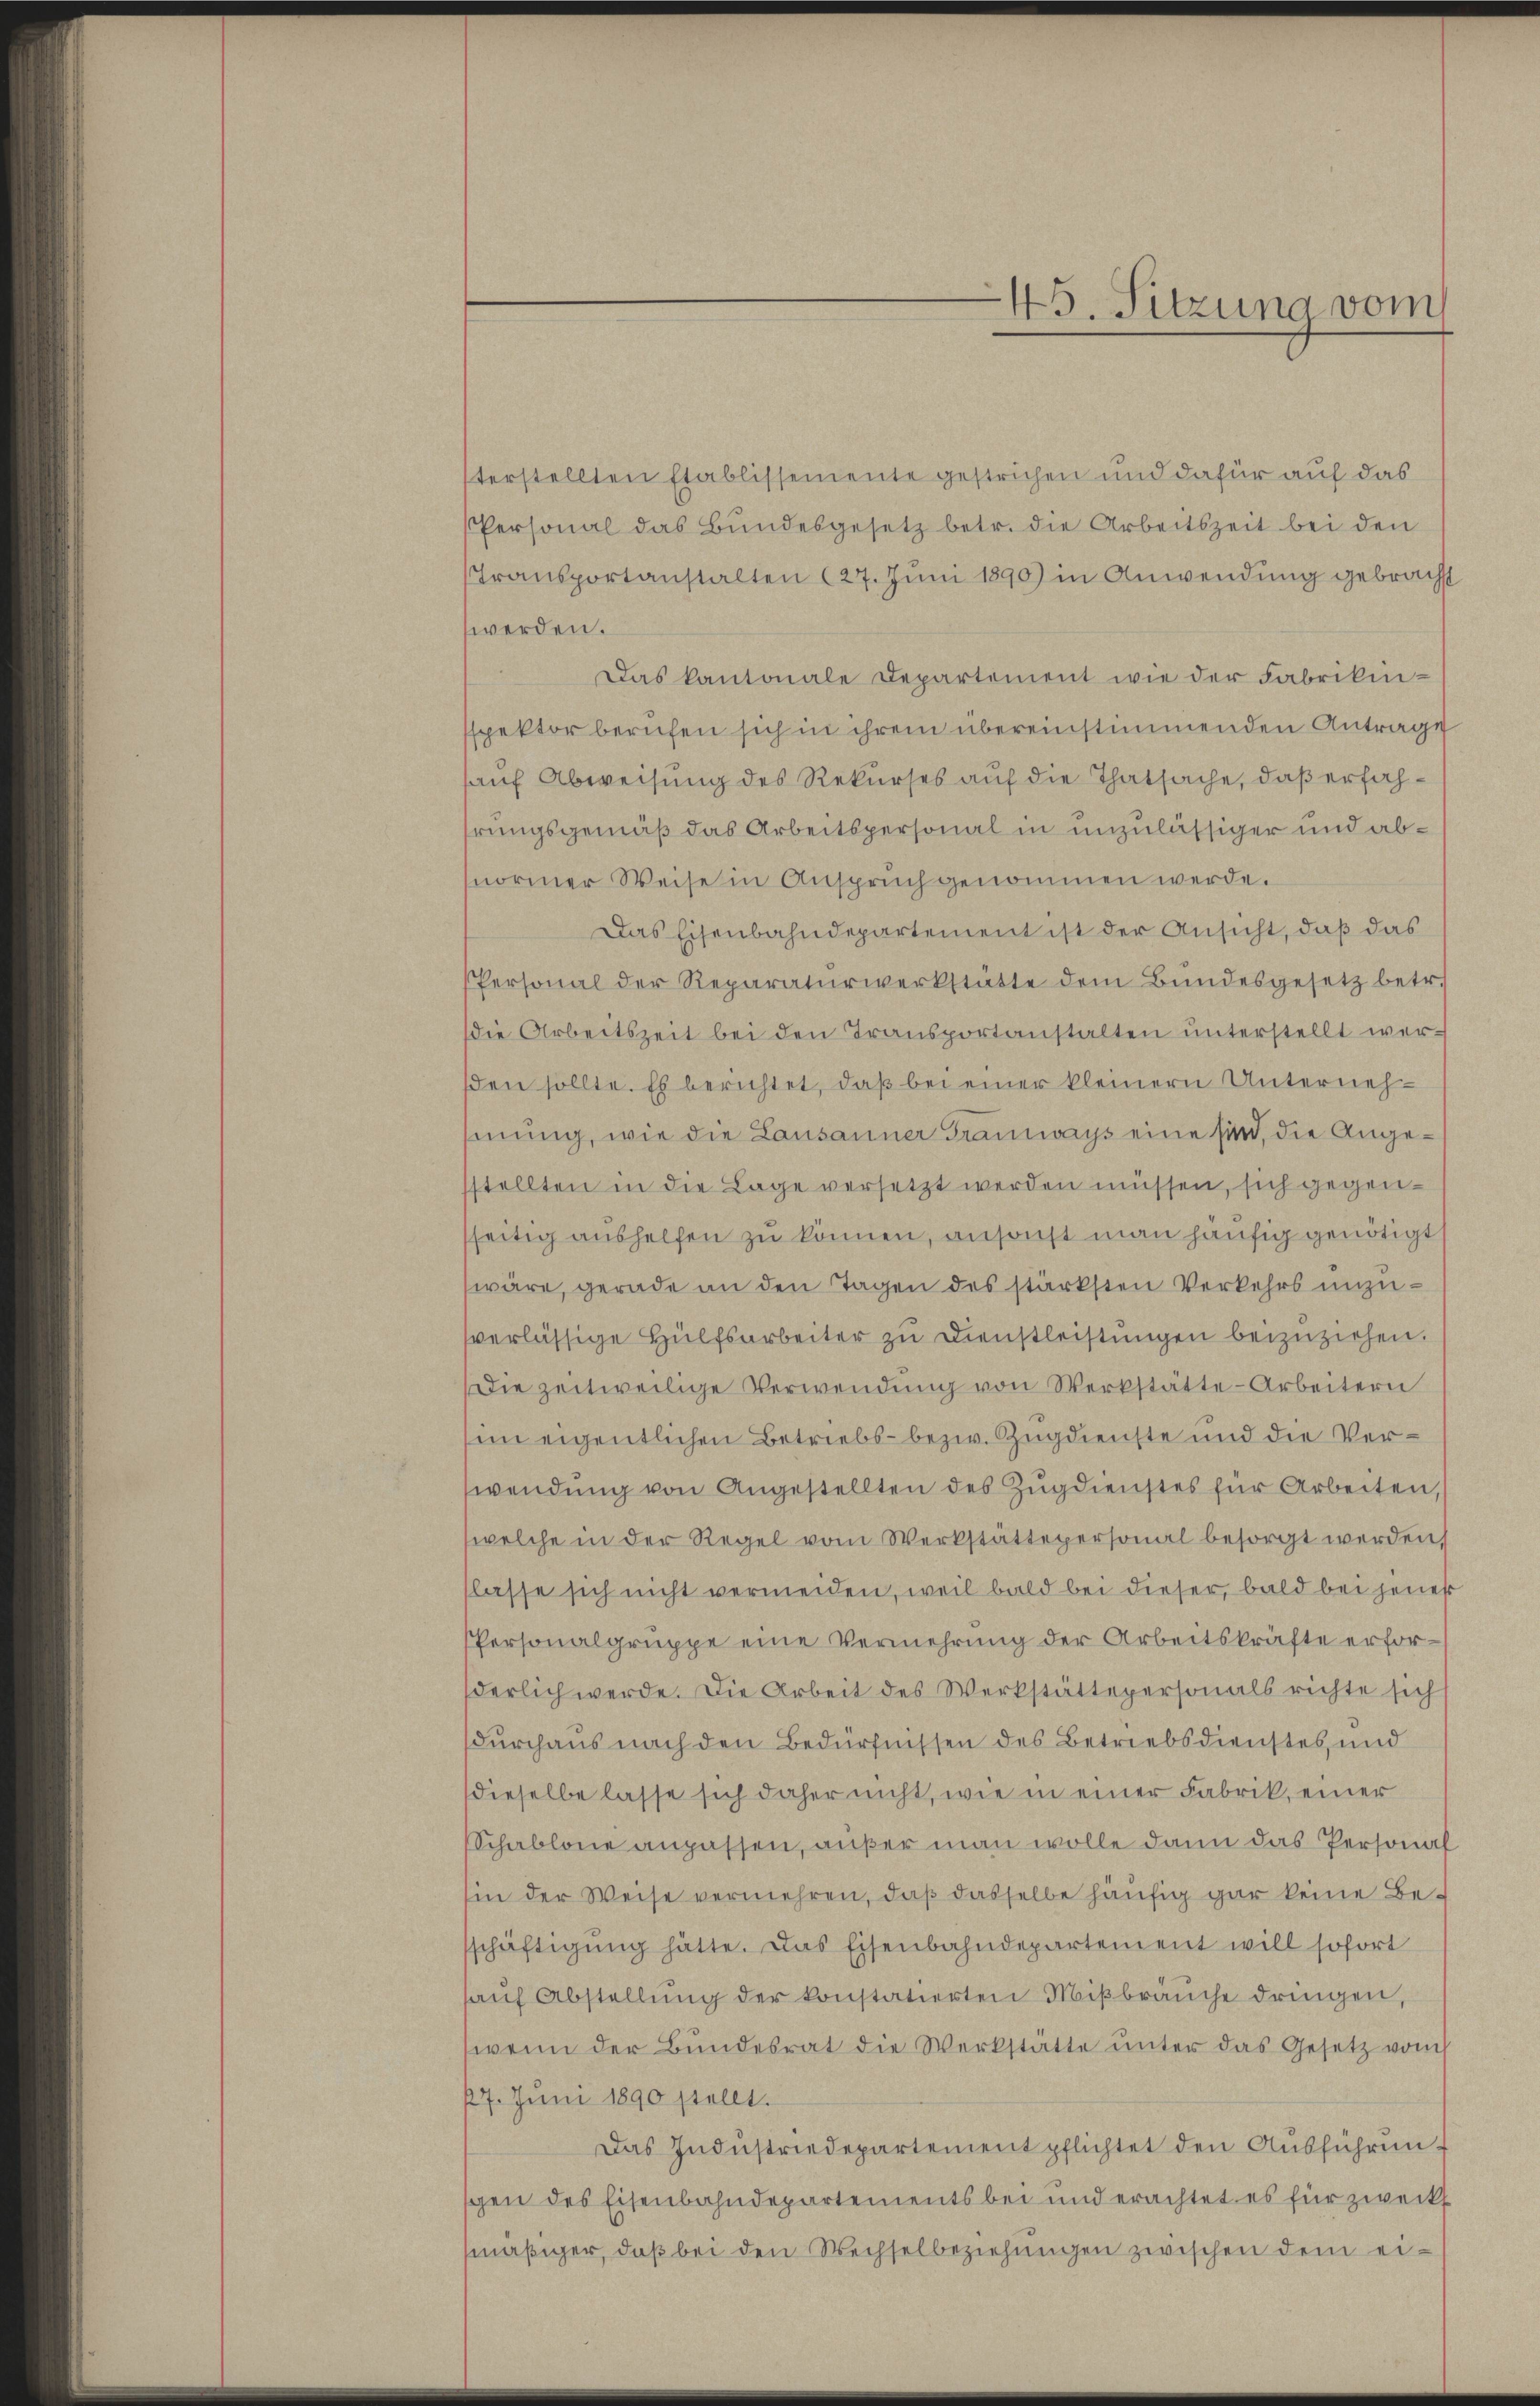
45. Sitzung vom

terstellten Etablissemente gestrichen und dafür auf das
Personal das Bundesgesetz betr. die Arbeitszeit bei den
Transportanstalten (27. Juni 1890 in Anwendung gebracht
werden.
Das kantonale Departement wie der Fabrikinspektor berufen sich in ihrem übereinstimmenden Antrage
auf Abweisung des Rekurses auf die Thatsache, daß erfahrungsgemäß das Arbeitspersonal in unzulässiger und abnormer Weise in Anspruch genommen werde.
Das Eisenbahndepartement ist der Ansicht, daß das
Personal der Reparaturwerkstatte dem Bŭndesgesetz betr.
die Arbeitszeit bei den Transportanstalten unterstellt wersden sollte. Es berichtet, daß bei einer kleinern Unternehhmung, wie die Lausanner Tramways eine sind, die Angestellten in die Lage versetzt werden müssen, sich gegenseitig aushelfen zu können, ansonst man häufig genötigt,
wäre, gerade an den Tagen des stärksten Verkehrs unzuverlässige Hülfsarbeiter zu Dienstleistungen beizuziehen.
Die zeitweilige Verwendung von Werkstätte - Arbeitern
im eigentlichen Betriebs- bezw. Zugdienste und die Verwendung von Angestellten des Zug dienstes für Arbeiten,
welche in der Regel vom Werkstättepersonal besorgt werden,
lasse sich nicht vermeiden, weil bald bei dieser, bald bei jenes
Personalgruppe eine Vermehrung der Arbeitskräfte erforderlich werde. Die Arbeit des Werkstättepersonals richte sich
durchaus nach den Bedürfnissen des Betriebsdienstes, und
dieselbe lasse sich daher nicht, wie in einer Fabrik, einer
Schablone anpassen, außer man wolle dann das Personal
hin der Weise vermehren, daß dasselbe häufig gar keine Beschäftigung hätte. Das Eisenbahndepartement will sofort
haŭf Abstellŭng der konstatierten Miβbraŭche dringen,
(wenn der Bundesrat die Werkstatte ŭnter das Gesetz vom
27. Juni 1890 stellt.
Das Indŭstriedepartement pflichtet den Aŭsführŭng
spen des Eisenbahndepartements bei und erachtet es für zweckt
smäßiger, daß bei den Wechselbeziehungen zwischen dem ei¬